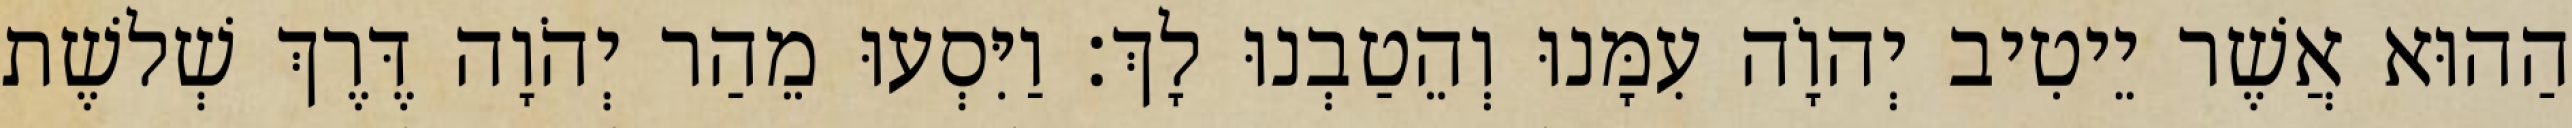
הַהוּא אֲשֶׁר יֵיטִיב יְהוָֹה עִמָּנוּ וְהֵטַבְנוּ לָךְ׃ וַיִּסְעוּ מֵהַר יְהֹוָה דֶּרֶךְ שְׁלשֶׁת